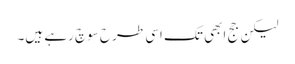
لیکن جج ابھی تک اسی طرح سوچ رہے ہیں۔